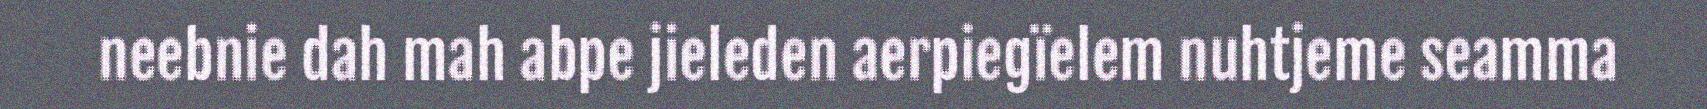
neebnie dah mah abpe jieleden aerpiegïelem nuhtjeme seamma